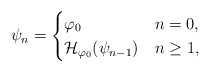
\begin{align*}\psi_n=\begin{cases}\varphi_0 &n=0, \\\mathcal{H}_{\varphi_0}(\psi_{n-1}) &n\ge 1, \end{cases}\end{align*}